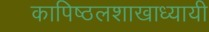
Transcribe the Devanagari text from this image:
कापिष्ठलशाखाध्यायी